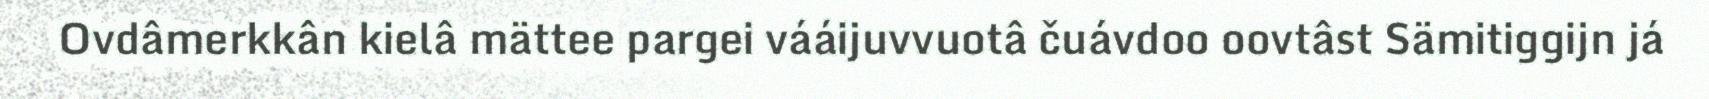
Ovdâmerkkân kielâ mättee pargei vááijuvvuotâ čuávdoo oovtâst Sämitiggijn já